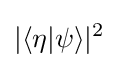
|\langle \eta |\psi \rangle |^{2}